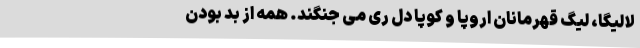
لالیگا، لیگ قهرمانان اروپا و کوپا دل ری می جنگند. همه از بد بودن